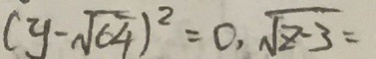
( y - \sqrt { 6 4 } ) ^ { 2 } = 0 , \sqrt { z - 3 } =